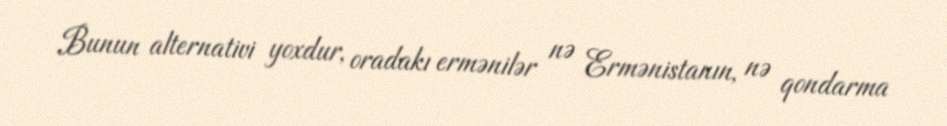
Bunun alternativi yoxdur, oradakı ermənilər nə Ermənistanın, nə qondarma